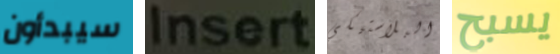
سيبدأون Insert البلاستيكي يسبح